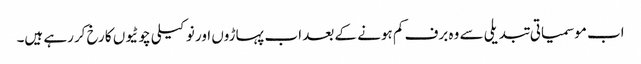
اب موسمیاتی تبدیلی سے وہ برف کم ہونے کے بعد اب پہاڑوں اور نوکیلی چوٹیوں کا رخ کررہے ہیں۔